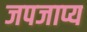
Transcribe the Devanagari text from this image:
जपजाप्य